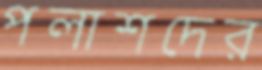
পলাশদের